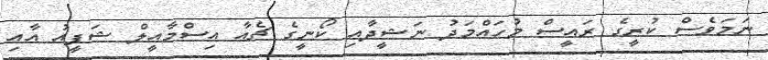
ނަމަވެސް ކުރީގެ ރައީސް މުހައްމަދު ނަޝީދާއި ކޯނީގެ ޗެއާ އިސްމާއީލް ޝަފީއު އާއި